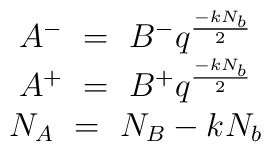
\begin{array}{c} A^-~=~B^-q^{-kN_b\over 2}\\ A^+~=~B^+q^{-kN_b\over 2}\\ N_A~=~N_B-k N_b \end{array}